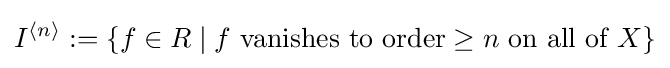
I^{\langle n\rangle }:=\{f\in R\mid f{\text{ vanishes to order}}\geq n{\text{ on all of }}X\}